Civil Veterinary Department. Madras. Admin. report 1910-25 - 1910-1925
Year: 1910
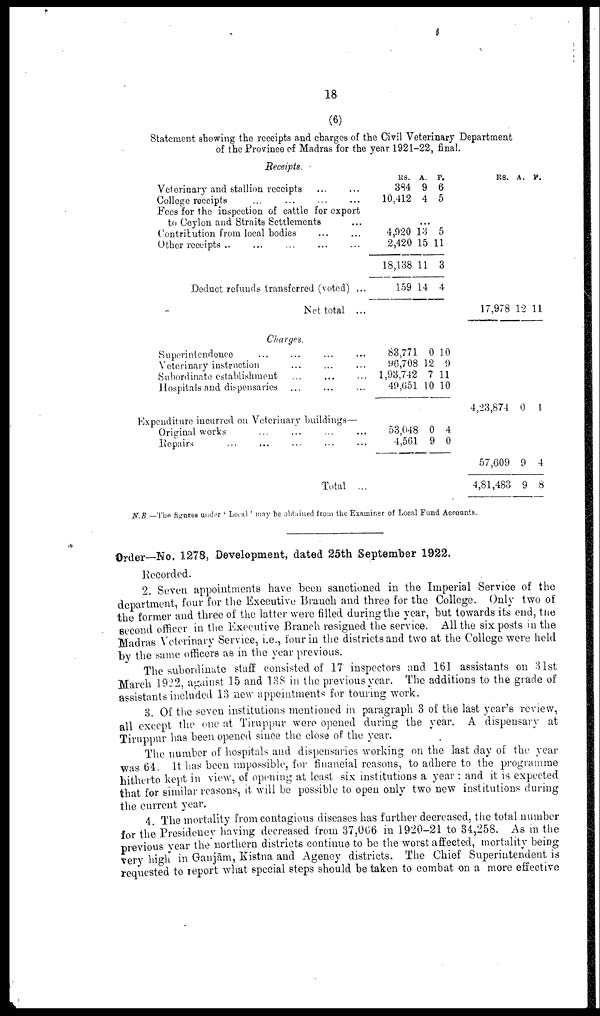
18
(6)
Statement showing the receipts and charges of the Civil Veterinary Department
of the Province of Madras for the year 1921-22, final.
Receipts.
Veterinary and stallion receipts
...
...
College receipts
...
Fees for the inspection of cattle for export
to Ceylon and Straits Settlements
Contribution from local bodies ... ...
Other receipts ... .. ... ... ...
Deduct refunds transferred (voted) ...
Net total ...
RS. A. P.
384 9 6
10,412 4 5
...
4,020 13 5
2,420 15 11
18,138 11 3
159 14 4
RS. A. P.
17,978 12 11
Charges.
Superintendence ... ... ... ...
Veterinary instruction ... ... ...
Subordinate establishment ... ... ...
Hospitals and dispensaries ... ... ...
Expenditure incurred on Veterinary buildings—
Original works ... ... ... ...
Repairs ... ... ... ... ...
Total ...
83,771 0 10
96,708 12 9
1,93,742 7 11
49,(551 10 10
53,048 0 4
4,561 9 0
4,23,874 0 4
57,609 9 4
4,81,483 9 8
N.B.—The figures under ' Local ' may be obtained from the Examiner of Local Fund Accounts.
Order—No. 1278, Development, dated 25th September 1922.
Recorded.
2. Seven appointments have been sanctioned in the Imperial Service of the
department, four for the Executive Branch and three for the College. Only two of
the former and three of the latter were filled during the year, but towards its end, the
second officer in the Executive Branch resigned the service. All the six posts in the
Madras Veterinary Service, i.e., lour in the districts and two at the College were held
by the same officers as in the year previous.
The subordinate staff consisted of 17 inspectors and 161 assistants on 31st
March 1922, against 15 and 138 in the previous year. The additions to the grade of
assistants included 13 new appointments for touring work.
3. Of the seven institutions mentioned in paragraph 3 of the last year's review,
all except the one at Tiruppur were opened during the year. A dispensary at
Tiruppur has been opened since the close of the year.
The number of hospitals and dispensaries working on the last day of the year
was 64. It has been impossible, for financial reasons, to adhere to the programme
hitherto kept in view, of opening at least six institutions a year : and it is expected
that for similar reasons, it will be possible to open only two new institutions during
the current year.
4. The mortality from contagious diseases has further decreased, the total number
for the Presidency having decreased from 37,066 in 1920-21 to 34,258. As in the
previous year the northern districts continue to be the worst affected, mortality being
very high in Ganjām, Kistna and Agency districts. The Chief Superintendent is
requested to report what special steps should be taken to combat on a more effective